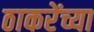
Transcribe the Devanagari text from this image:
ठाकरेंच्या